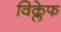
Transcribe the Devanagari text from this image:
विक्लेफ